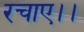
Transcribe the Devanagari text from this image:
रचाए।।